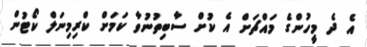
އެ ދެ މީހުންގެ މައްޗަށް އެ ކުށް ސާބިތުނުވާ ކަމަށް ކްރިމިނަލް ކޯޓުން